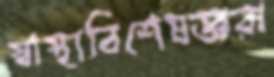
স্বাস্থ্যবিশেষজ্ঞরা